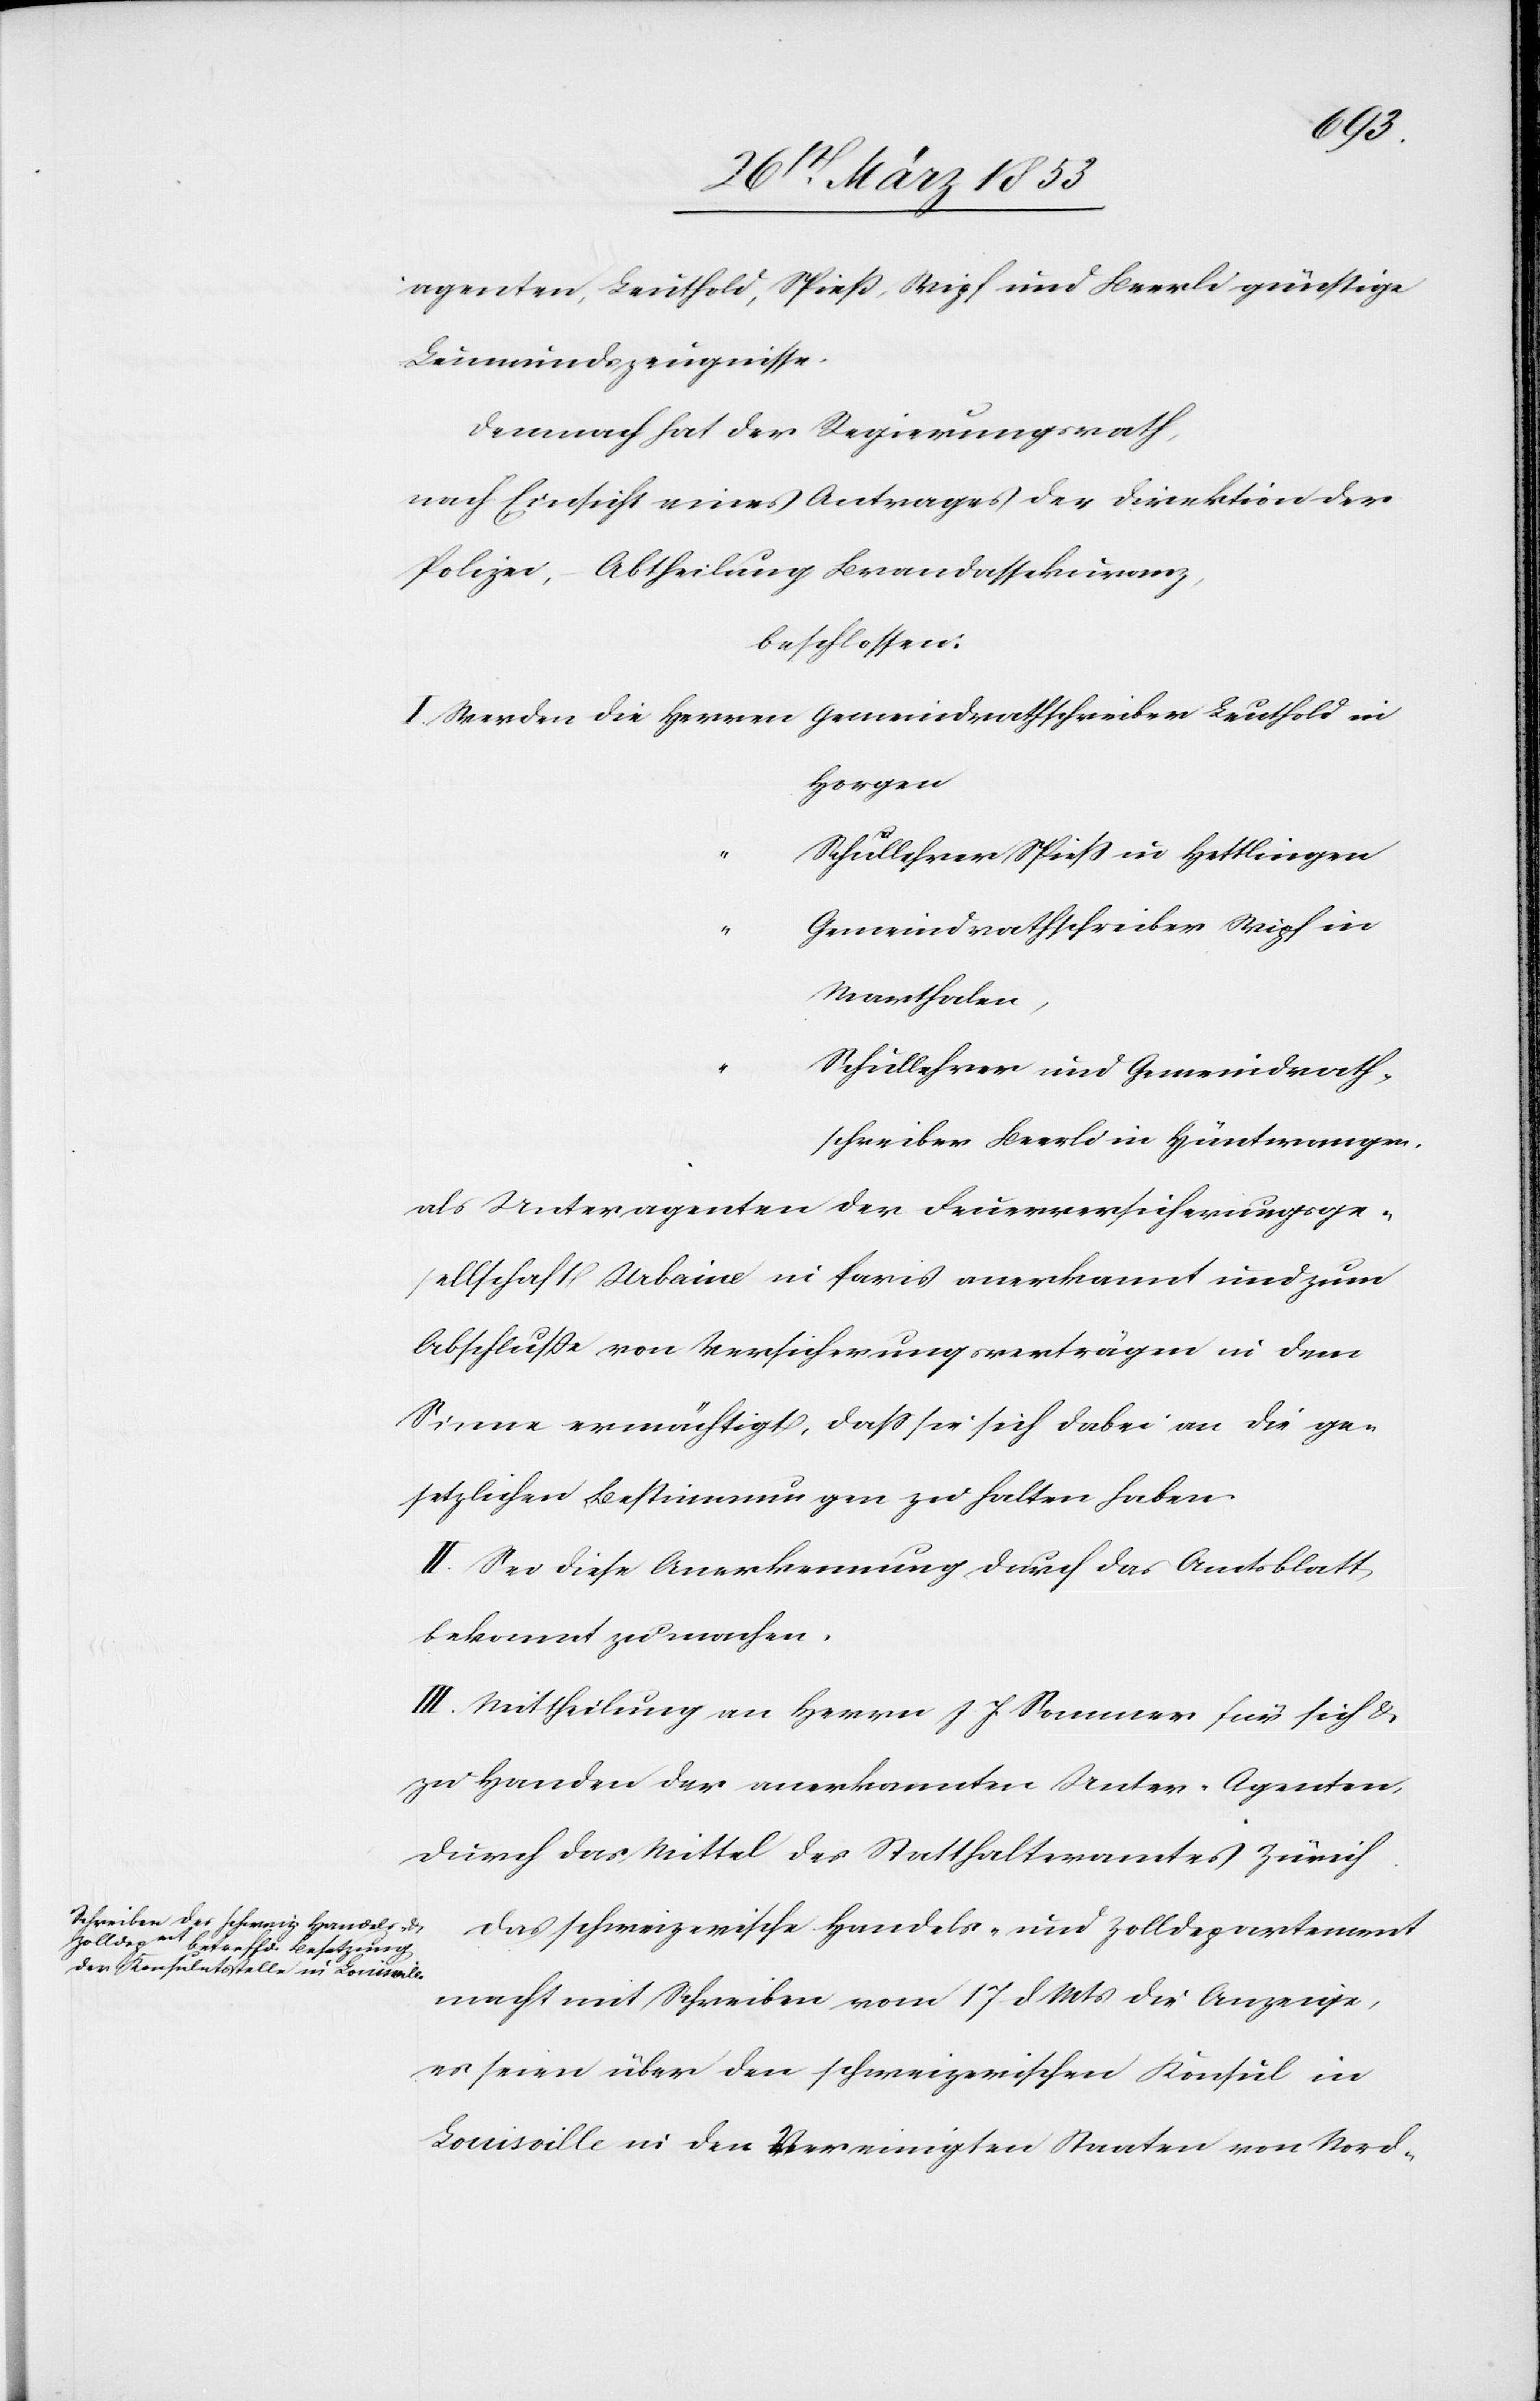
agenten, Leuthold, Spieß, Wipf und Beerli günstige
Leumundszeugnisse.
Demnach hat der Regierungsrath,
nach Einsicht eines Antrages der Direktion der
Polizei, - Abtheilung Brandassekuranz,
beschlossen:
I. Werden die Herren	Gemeindrathschreiber Leuthold in
Horgen
“	Schullehrer Spieß in Hettlingen
“	Gemeindrathschreiber Wipf in
Marthalen
“	Schullehrer und Gemeindrath¬
schreiber Beerli in Hüntwangen
als Unteragenten der Feuerversicherungsge¬
sellschaft Urbaine in Paris anerkannt und zum
Abschluße von Versicherungsverträgen in dem
Sinne ermächtigt, daß sie sich dabei an die ge¬
setzlichen Bestimmungen zu halten haben.
II. Sei diese Anerkennung durch das Amtsblatt,
bekannt zu machen.
III. Mittheilung an Herrn J. J. Sommer für sich u.
zu Handen der anerkannten Unter-Agenten,
durch das Mittel des Statthalteramtes Zürich.
Das schweizerische Handels- und Zolldepartement
macht mit Schreiben vom 17 d. Mts. die Anzeige,
es seien über den schweizerischen Konsul in
Louisalle in den Vereinigten Staaten von Nord-